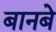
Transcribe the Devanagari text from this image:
बानबे